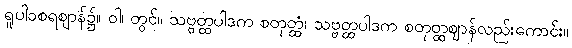
ရူပါဝစရဈာန်၌။ ဝါ၊ တွင်။ သဗ္ဗတ္ထပါဒက စတုတ္ထံ၊ သဗ္ဗတ္ထပါဒက စတုတ္ထဈာန်လည်းကောင်း။